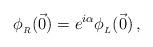
LaTeX: \begin{align*}\phi_{_R} (\vec 0) = e^{i\alpha} \phi_{_L} (\vec0)\,,\end{align*}